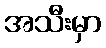
အသီးမှာ